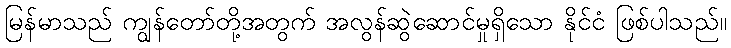
မြန်မာသည် ကျွန်တော်တို့အတွက် အလွန်ဆွဲဆောင်မှုရှိသော နိုင်ငံ ဖြစ်ပါသည်။